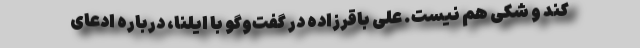
کند و شکی هم نیست. علی باقرزاده در گفت‌وگو با ایلنا، درباره ادعای